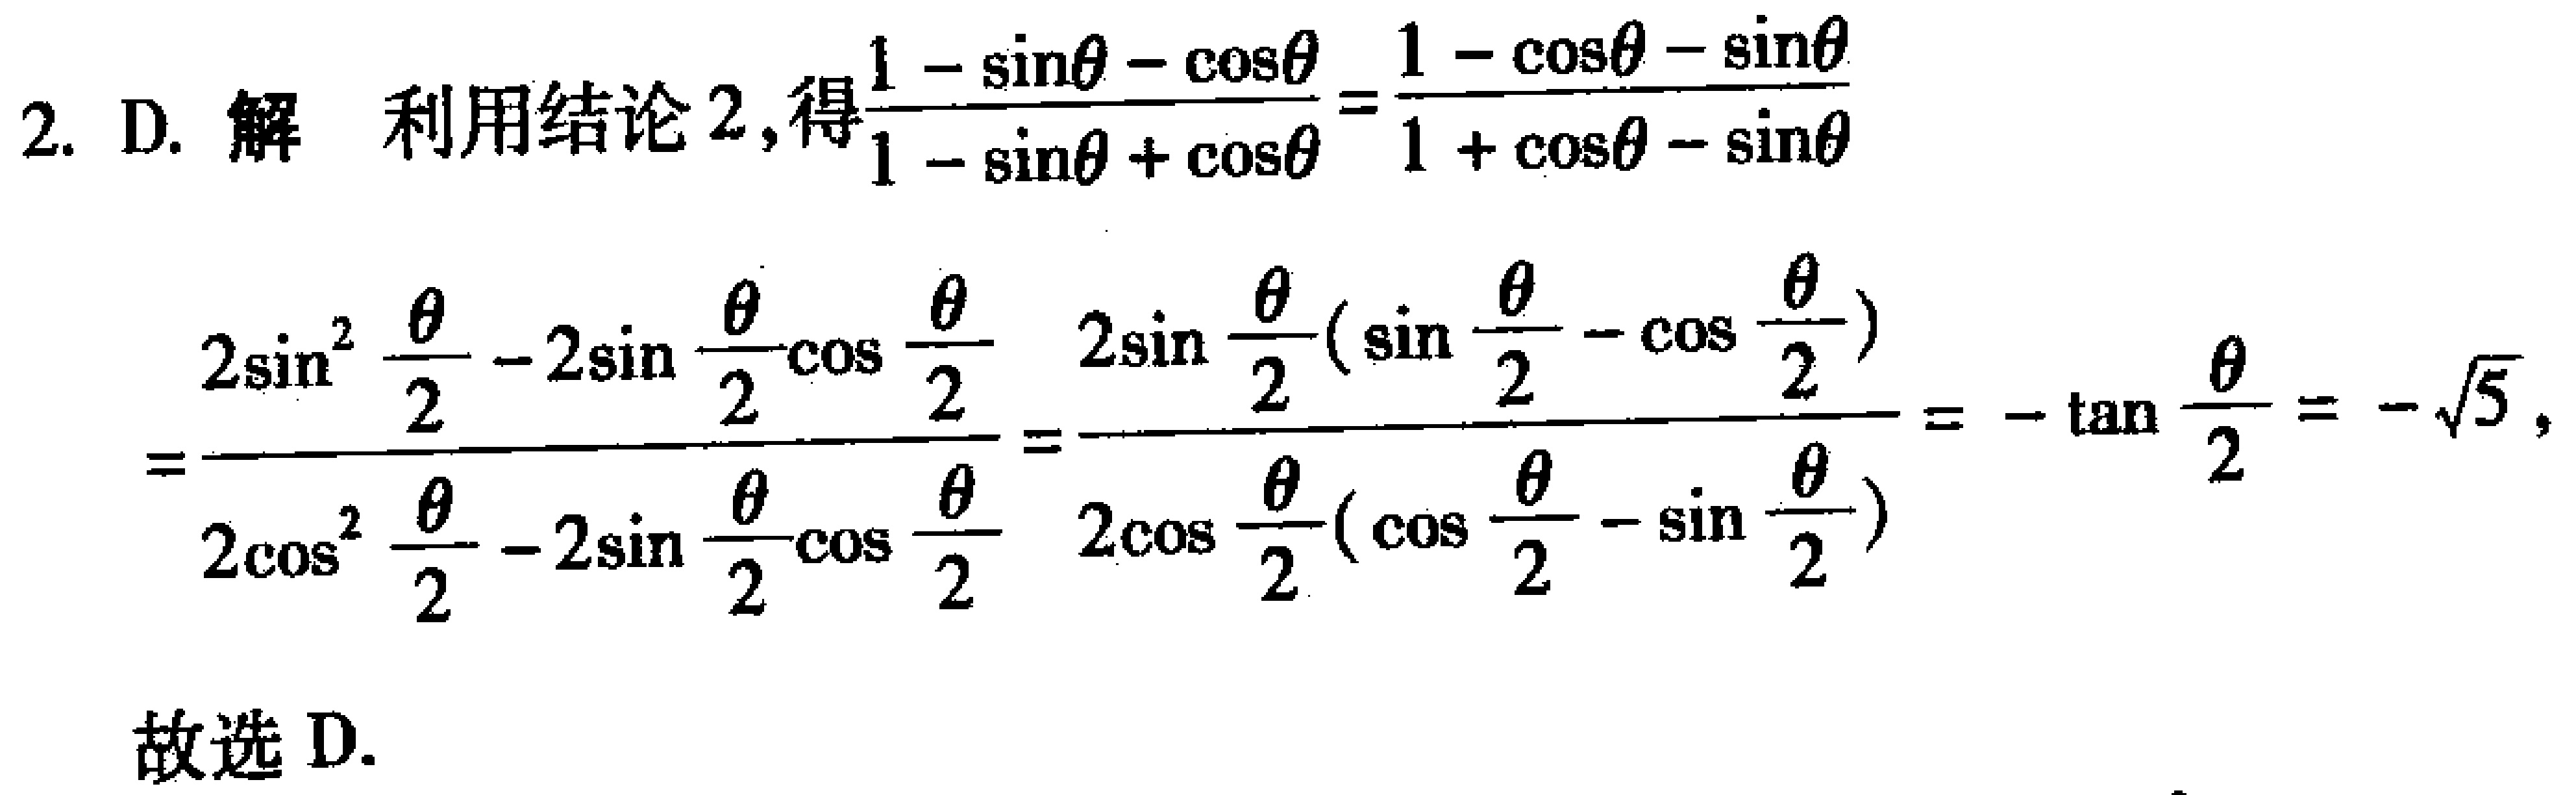
2. D. 解 利用结论2,得\(\frac{1 - \sin\theta - \cos\theta}{1 - \sin\theta + \cos\theta}=\frac{1 - \cos\theta - \sin\theta}{1 + \cos\theta - \sin\theta}\)
\(=\frac{2\sin^{2}\frac{\theta}{2}-2\sin\frac{\theta}{2}\cos\frac{\theta}{2}}{2\cos^{2}\frac{\theta}{2}-2\sin\frac{\theta}{2}\cos\frac{\theta}{2}}=\frac{2\sin\frac{\theta}{2}(\sin\frac{\theta}{2}- \cos\frac{\theta}{2})}{2\cos\frac{\theta}{2}(\cos\frac{\theta}{2}- \sin\frac{\theta}{2})}=-\tan\frac{\theta}{2}=-\sqrt{5},\)
故选 D.